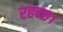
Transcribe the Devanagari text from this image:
रहन्छ।